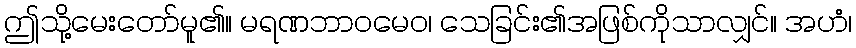
ဤသို့မေးတော်မူ၏။ မရဏဘာဝမေဝ၊ သေခြင်း၏အဖြစ်ကိုသာလျှင်။ အဟံ၊